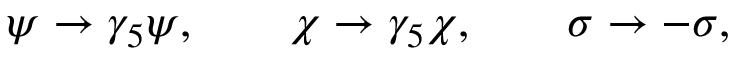
\psi \rightarrow \gamma _ { 5 } \psi , \qquad \chi \rightarrow \gamma _ { 5 } \chi , \qquad \sigma \rightarrow - \sigma ,